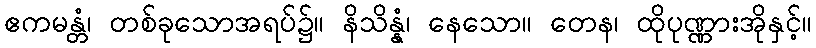
ဧကမန္တံ၊ တစ်ခုသောအရပ်၌။ နိသိန္နံ၊ နေသော။ တေန၊ ထိုပုဏ္ဏားအိုနှင့်။